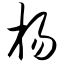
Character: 杨